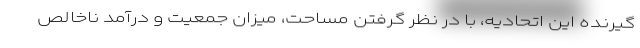
گیرنده این اتحادیه، با در نظر گرفتن مساحت، میزان جمعیت و درآمد ناخالص